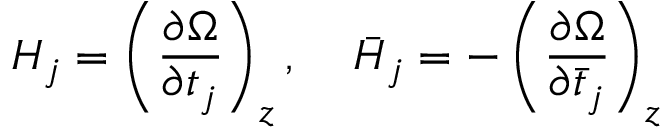
H _ { j } = \left( \frac { \partial \Omega } { \partial t _ { j } } \right) _ { z } , \; \; \; \; \bar { H } _ { j } = - \left( \frac { \partial \Omega } { \partial \bar { t } _ { j } } \right) _ { z }